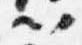
以